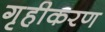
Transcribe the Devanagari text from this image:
गृहीकरण